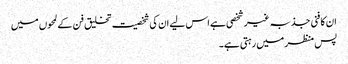
ان کا فنی جذبہ غیر شخصی ہے اس لیے ان کی شخصیت تخلیق فن کے لمحوں میں
پس منظر میں رہتی ہے۔